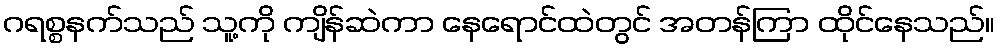
ဂရစ္စနက်သည် သူ့ကို ကျိန်ဆဲကာ နေရောင်ထဲတွင် အတန်ကြာ ထိုင်နေသည်။